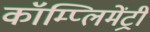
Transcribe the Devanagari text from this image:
कॉम्‍प्‍लिमेंट्री